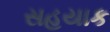
સહયાક